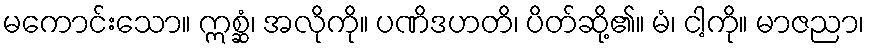
မကောင်းသော။ ဣစ္ဆံ၊ အလိုကို။ ပဏိဒဟတိ၊ ပိတ်ဆို့၏။ မံ၊ ငါ့ကို။ မာဇညာ၊